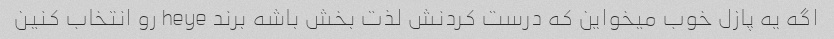
اگه یه پازل خوب میخواین که درست کردنش لذت بخش باشه برند heye رو انتخاب کنین